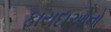
ફાયદાઓનો